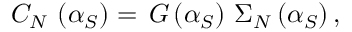
C _ { N } \, \left( \alpha _ { S } \right) = \, G \left( \alpha _ { S } \right) \, \Sigma _ { N } \left( \alpha _ { S } \right) ,